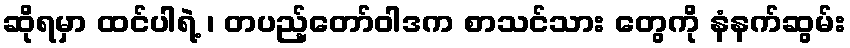
ဆိုရမှာ ထင်ပါရဲ့ ၊ တပည့်တော်ဝါဒက စာသင်သား တွေကို နံနက်ဆွမ်း